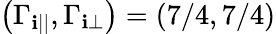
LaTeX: \left(\Gamma_{\mathbf{i}||},\Gamma_{\mathbf{i}\perp}\right)=\left(7/4,7/4\right)